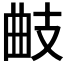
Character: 𢻅